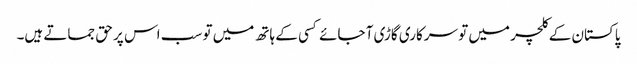
پاکستان کے کلچر میں تو سرکاری گاڑی آ جائے کسی کے ہاتھ میں تو سب اس پر حق جماتے ہیں۔